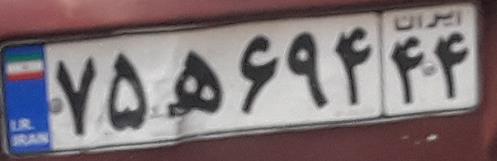
۷۵ه۶۹۴۴۴